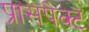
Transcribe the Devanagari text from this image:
प्रासपेक्ट